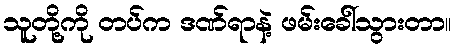
သူတို့ကို တပ်က ဒဏ်ရာနဲ့ ဖမ်းခေါ်သွားတာ။